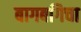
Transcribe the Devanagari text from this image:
बागबगिचा